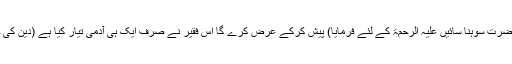
تو یہ فقیر فقط مولوی صاحب (حضرت سوہنا سائیں علیہ الرحمۃ کے لئے فرمایا) پیش کرکے عرض کرے گا اس فقیر نے صرف ایک ہی آدمی تیار کیا ہے (دین کی خدمت کے لئے باصلاحیت بنایا)